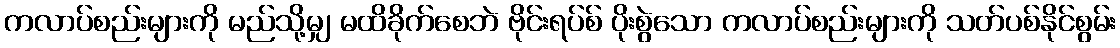
ကလာပ်စည်းများကို မည်သို့မျှ မထိခိုက်စေဘဲ ဗိုင်းရပ်စ် ပိုးစွဲသော ကလာပ်စည်းများကို သတ်ပစ်နိုင်စွမ်း